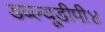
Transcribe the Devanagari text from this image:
डब्ल्यूडीपी४